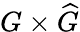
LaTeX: G\times{\widehat{G}}